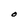
Character: O